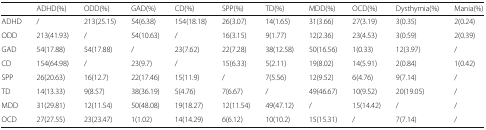
<table><thead><tr><td></td><td><b>ADHD(%)</b></td><td><b>ODD(%)</b></td><td><b>GAD(%)</b></td><td><b>CD(%)</b></td><td><b>SPP(%)</b></td><td><b>TD(%)</b></td><td><b>MDD(%)</b></td><td><b>OCD(%)</b></td><td><b>Dysthymia(%)</b></td><td><b>Mania(%)</b></td></tr></thead><tbody><tr><td>ADHD</td><td>/</td><td>213(25.15)</td><td>54(6.38)</td><td>154(18.18)</td><td>26(3.07)</td><td>14(1.65)</td><td>31(3.66)</td><td>27(3.19)</td><td>3(0.35)</td><td>2(0.24)</td></tr><tr><td>ODD</td><td>213(41.93)</td><td>/</td><td>54(10.63)</td><td>/</td><td>16(3.15)</td><td>9(1.77)</td><td>12(2.36)</td><td>23(4.53)</td><td>3(0.59)</td><td>2(0.39)</td></tr><tr><td>GAD</td><td>54(17.88)</td><td>54(17.88)</td><td>/</td><td>23(7.62)</td><td>22(7.28)</td><td>38(12.58)</td><td>50(16.56)</td><td>1(0.33)</td><td>12(3.97)</td><td>/</td></tr><tr><td>CD</td><td>154(64.98)</td><td>/</td><td>23(9.7)</td><td>/</td><td>15(6.33)</td><td>5(2.11)</td><td>19(8.02)</td><td>14(5.91)</td><td>2(0.84)</td><td>1(0.42)</td></tr><tr><td>SPP</td><td>26(20.63)</td><td>16(12.7)</td><td>22(17.46)</td><td>15(11.9)</td><td>/</td><td>7(5.56)</td><td>12(9.52)</td><td>6(4.76)</td><td>9(7.14)</td><td>/</td></tr><tr><td>TD</td><td>14(13.33)</td><td>9(8.57)</td><td>38(36.19)</td><td>5(4.76)</td><td>7(6.67)</td><td>/</td><td>49(46.67)</td><td>10(9.52)</td><td>20(19.05)</td><td>/</td></tr><tr><td>MDD</td><td>31(29.81)</td><td>12(11.54)</td><td>50(48.08)</td><td>19(18.27)</td><td>12(11.54)</td><td>49(47.12)</td><td>/</td><td>15(14.42)</td><td>/</td><td>/</td></tr><tr><td>OCD</td><td>27(27.55)</td><td>23(23.47)</td><td>1(1.02)</td><td>14(14.29)</td><td>6(6.12)</td><td>10(10.2)</td><td>15(15.31)</td><td>/</td><td>7(7.14)</td><td>/</td></tr></tbody></table>